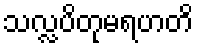
သလ္လပိတုမရဟတိ